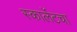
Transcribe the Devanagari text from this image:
स्कार्लेटचा